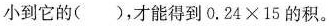
小到它的()，才能得到$$0.24\times 15$$的积。